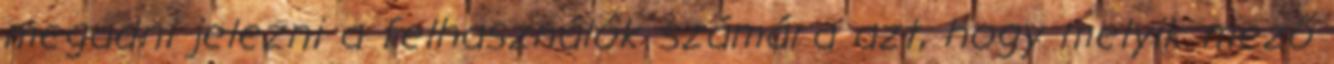
megadni jelezni a felhasználók számára azt, hogy melyik mező